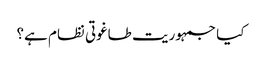
کیا جمہوریت طاغوتی نظام ہے؟